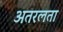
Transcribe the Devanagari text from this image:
अतरलता